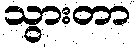
သွားတာ